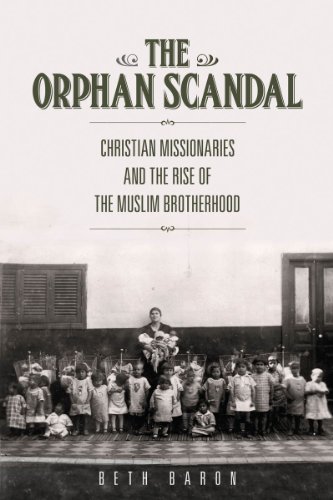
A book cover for The Orphan Scandal: Christian Missionaries and the Rise of the Muslim Brotherhood; Beth Baron; History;